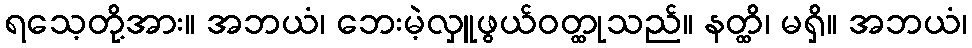
ရသေ့တို့အား။ အဘယံ၊ ဘေးမဲ့လှူဖွယ်ဝတ္ထုသည်။ နတ္ထိ၊ မရှိ။ အဘယံ၊